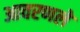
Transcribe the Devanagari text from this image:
आवरणले